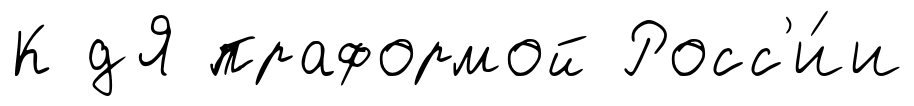
К дЯ праформой Росс'и́и